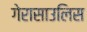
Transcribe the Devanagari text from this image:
गेरासाउलिस